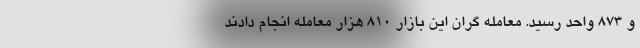
و ۸۷۳ واحد رسید. معامله گران این بازار ۸۱۰ هزار معامله انجام دادند